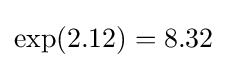
\exp(2.12)=8.32